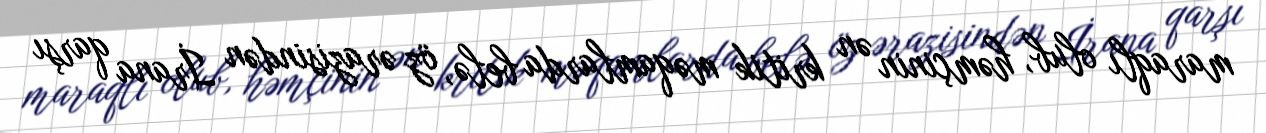
maraqlı olub, həmçinin ən kritik məqamlarda belə, öz ərazisindən İrana qarşı